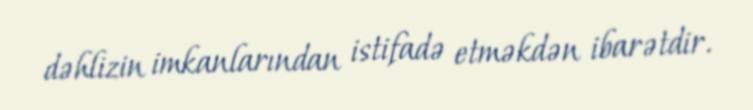
dəhlizin imkanlarından istifadə etməkdən ibarətdir.